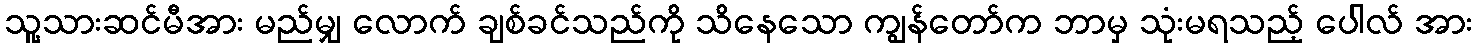
သူ့သားဆင်မီအား မည်မျှ လောက် ချစ်ခင်သည်ကို သိနေသော ကျွန်တော်က ဘာမှ သုံးမရသည့် ပေါလ် အား